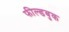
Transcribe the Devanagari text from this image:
फील्डबुक